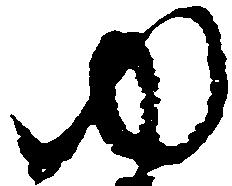
ゆ